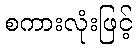
စကားလုံးဖြင့်